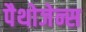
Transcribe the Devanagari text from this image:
पैथोजेन्स